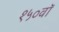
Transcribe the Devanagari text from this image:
१५०वॉ